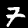
Label: 7